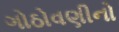
ગોઠોવણીનો